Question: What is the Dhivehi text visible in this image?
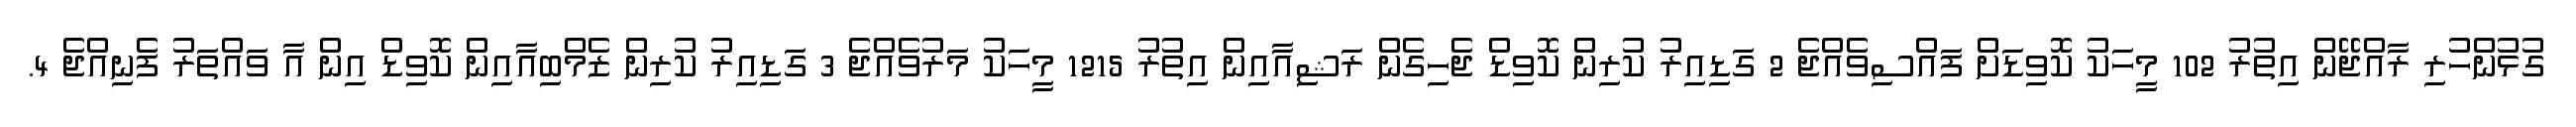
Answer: ގުޅުންހުރި ރާއްޖޭން އިތުރު 102 މީހަކު ކޮވިޑަށް ފައްސިވެއްޖެ 2 ގަޑިއިރު ކުރިން ކޮވިޑް ޖެހިގެން ރަޝިއާއިން އިތުރު 1215 މީހަކު މަރުވެއްޖެ 3 ގަޑިއިރު ކުރިން ޒެމްބިއާއިން ކޮވިޑް އިން އާ ވައްތަރު ފެނިއްޖެ 4.